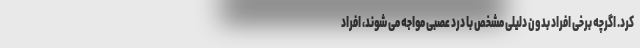
کرد. اگرچه برخی افراد بدون دلیلی مشخص با درد عصبی مواجه می شوند، افراد